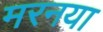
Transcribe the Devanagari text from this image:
मरनया